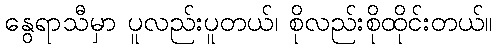
နွေရာသီမှာ ပူလည်းပူတယ်၊ စိုလည်းစိုထိုင်းတယ်။